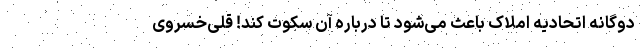
دوگانه اتحادیه املاک باعث می‌شود تا درباره آن سکوت کند! قلی‌خسروی